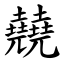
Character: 㚁